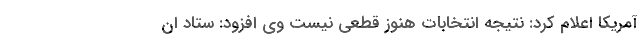
آمریکا اعلام کرد: نتیجه انتخابات هنوز قطعی نیست وی افزود: ستاد ان